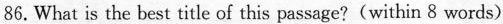
86.What is the best title of this passage?(within 8 words)